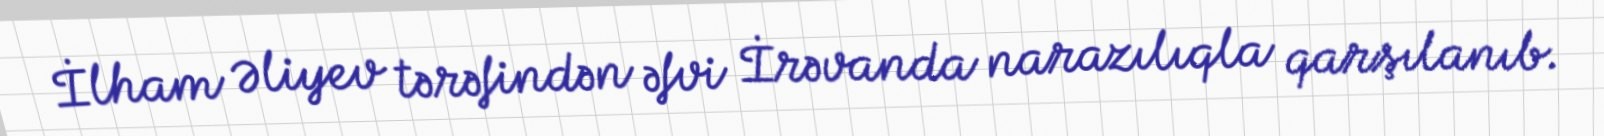
İlham Əliyev tərəfindən əfvi İrəvanda narazılıqla qarşılanıb.